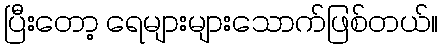
ပြီးတော့ ရေများများသောက်ဖြစ်တယ်။